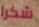
شكرا